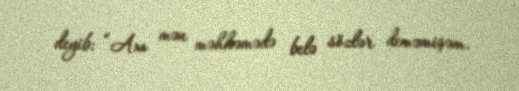
deyib: “Axı mən məhkəmədə belə sözlər deməmişəm.